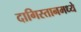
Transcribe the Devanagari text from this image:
दागिस्तानमध्ये